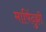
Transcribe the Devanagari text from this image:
मापिंदुझी